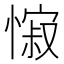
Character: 𢠭